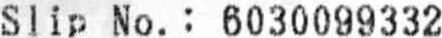
SLIP NO.: 6030099332